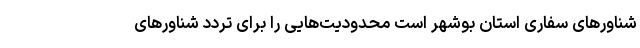
شناورهای سفاری استان بوشهر است محدودیت‌هایی را برای تردد شناورهای